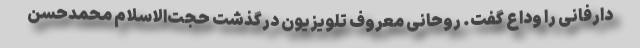
دارفانی را وداع گفت. روحانی معروف تلویزیون درگذشت حجت‌الاسلام محمدحسن